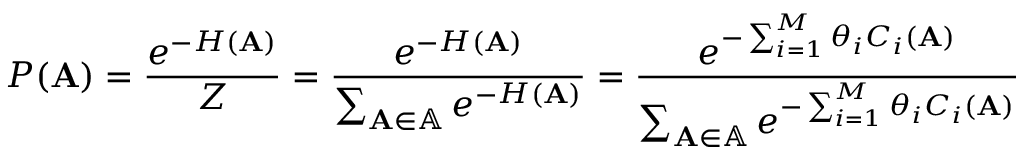
P ( \mathbf { A } ) = \frac { e ^ { - H ( \mathbf { A } ) } } { Z } = \frac { e ^ { - H ( \mathbf { A } ) } } { \sum _ { \mathbf { A } \in \mathbb { A } } e ^ { - H ( \mathbf { A } ) } } = \frac { e ^ { - \sum _ { i = 1 } ^ { M } \theta _ { i } C _ { i } ( \mathbf { A } ) } } { \sum _ { \mathbf { A } \in \mathbb { A } } e ^ { - \sum _ { i = 1 } ^ { M } \theta _ { i } C _ { i } ( \mathbf { A } ) } }